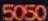
5050